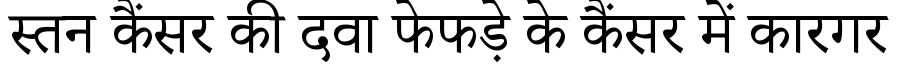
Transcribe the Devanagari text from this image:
स्तन कैंसर की दवा फेफड़े के कैंसर में कारगर